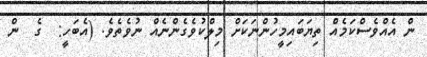
ން އެއްވެސްކަމެއް ތިޔަބައިމީހުންނަކަށް މިލްކުވެގެންނެއް ނުވެތެވެ. (އެބަހީ:  ގެ  ން